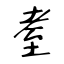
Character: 耊